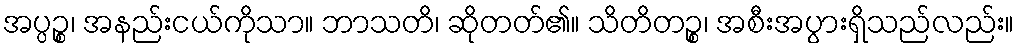
အပ္ပဉ္စ၊ အနည်းငယ်ကိုသာ။ ဘာသတိ၊ ဆိုတတ်၏။ သိတိတဉ္စ၊ အစီးအပွားရှိသည်လည်း။